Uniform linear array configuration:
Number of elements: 64
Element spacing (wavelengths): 1
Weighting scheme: cosine
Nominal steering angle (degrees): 30
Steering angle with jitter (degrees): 28.513
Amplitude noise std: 0.05
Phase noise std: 0.05

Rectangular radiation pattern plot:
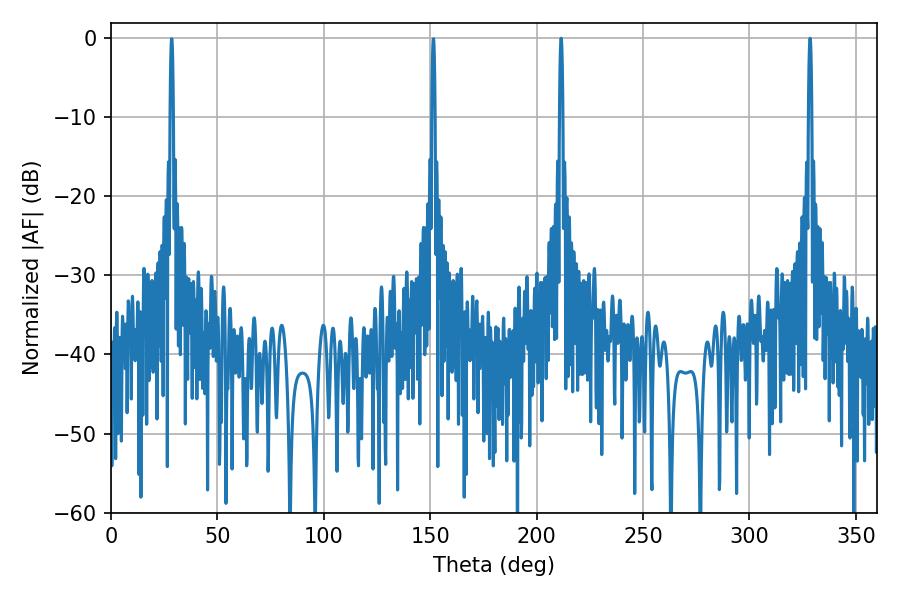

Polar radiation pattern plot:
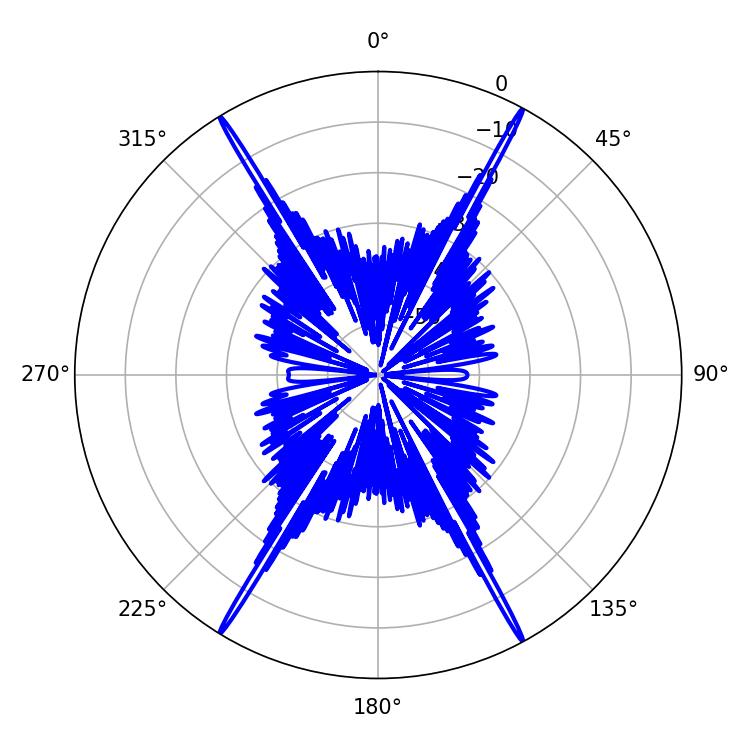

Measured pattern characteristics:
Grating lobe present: TRUE
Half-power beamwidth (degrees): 0.72
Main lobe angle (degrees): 211.5